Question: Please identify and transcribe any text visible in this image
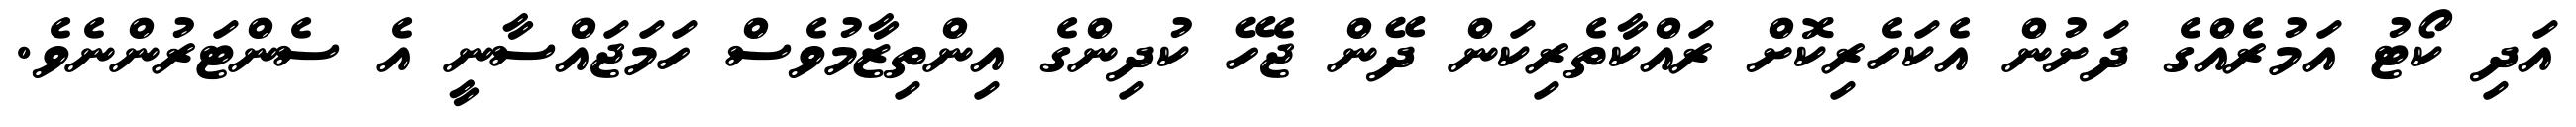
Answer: އަދި ކޯޓު އަމުރެއްގެ ދަށުން އެކަހެރިކޮށް ރައްކާތެރިކަން ދޭން ޖެހޭ ކުދިންގެ އިންތިޒާމުވެސް ހަމަޖައްސާނީ އެ ސެންޓަރުންނެވެ.